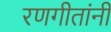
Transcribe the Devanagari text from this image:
रणगीतांनी